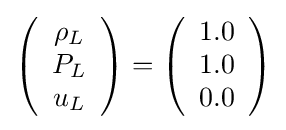
\left({\begin{array}{c}\rho _{L}\\P_{L}\\u_{L}\end{array}}\right)=\left({\begin{array}{c}1.0\\1.0\\0.0\end{array}}\right)